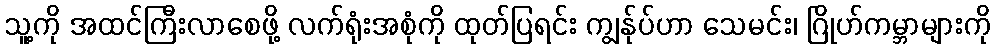
သူ့ကို အထင်ကြီးလာစေဖို့ လက်ရုံးအစုံကို ထုတ်ပြရင်း ကျွန်ုပ်ဟာ သေမင်း၊ ဂြိုဟ်ကမ္ဘာများကို